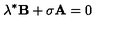
\lambda ^ { * } \mathbf { B } + \sigma \mathbf { A } = 0